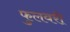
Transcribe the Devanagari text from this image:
फुलवरी